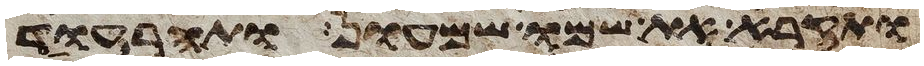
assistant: ותקרא את שמו שמעון ותהר עוד